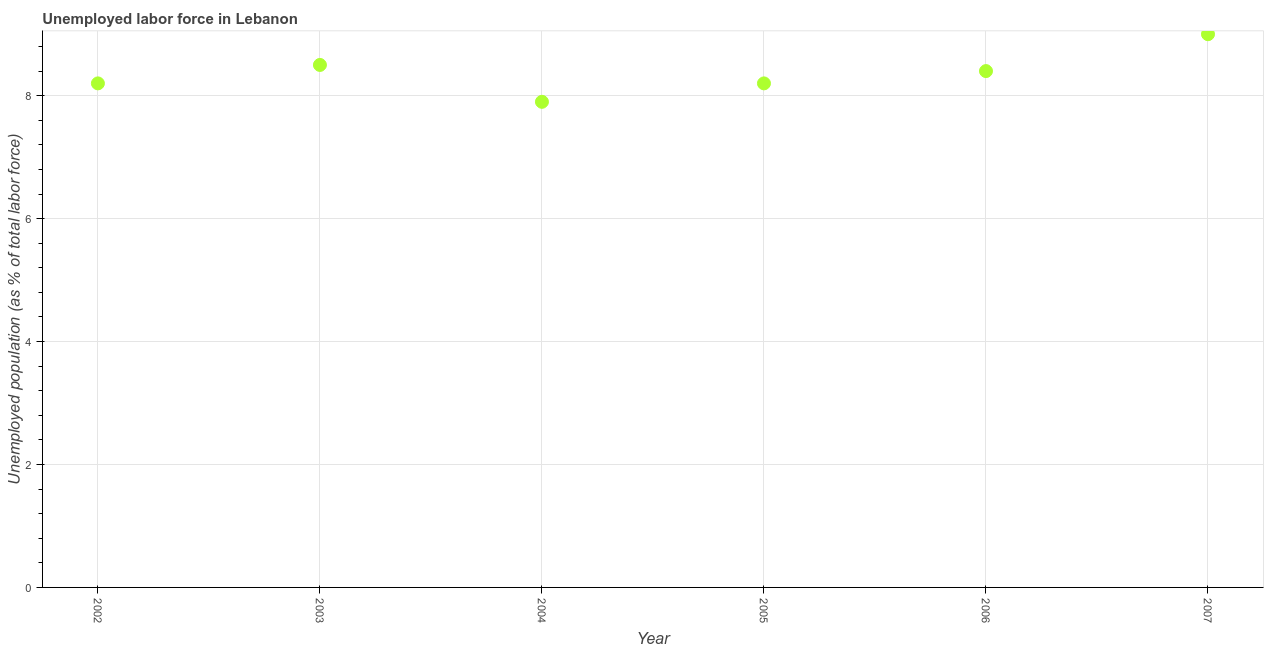
| Year | Unemployment |
 | --- | --- |
 | 2002 | 8.2 |
 | 2003 | 8.5 |
 | 2004 | 7.9 |
 | 2005 | 8.2 |
 | 2006 | 8.4 |
 | 2007 | 9 |